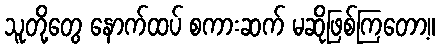
သူတို့တွေ နောက်ထပ် စကားဆက် မဆိုဖြစ်ကြတော့။